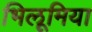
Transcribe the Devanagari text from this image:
भिलूमिया